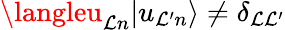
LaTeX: \langleu_{\mathcal{L}n}|u_{\mathcal{L}^{\prime}n}\rangle\ne\delta_{\mathcal{L}\mathcal{L}^{\prime}}